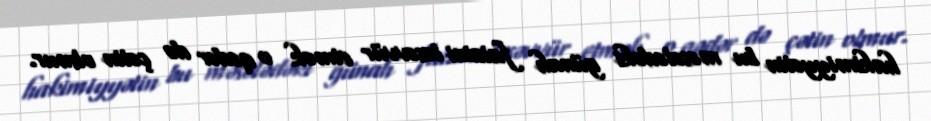
hakimiyyətin bu məsələdəki günah faizini təsəvvür etmək o qədər də çətin olmur.